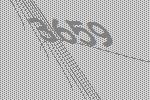
3659